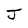
Character: J